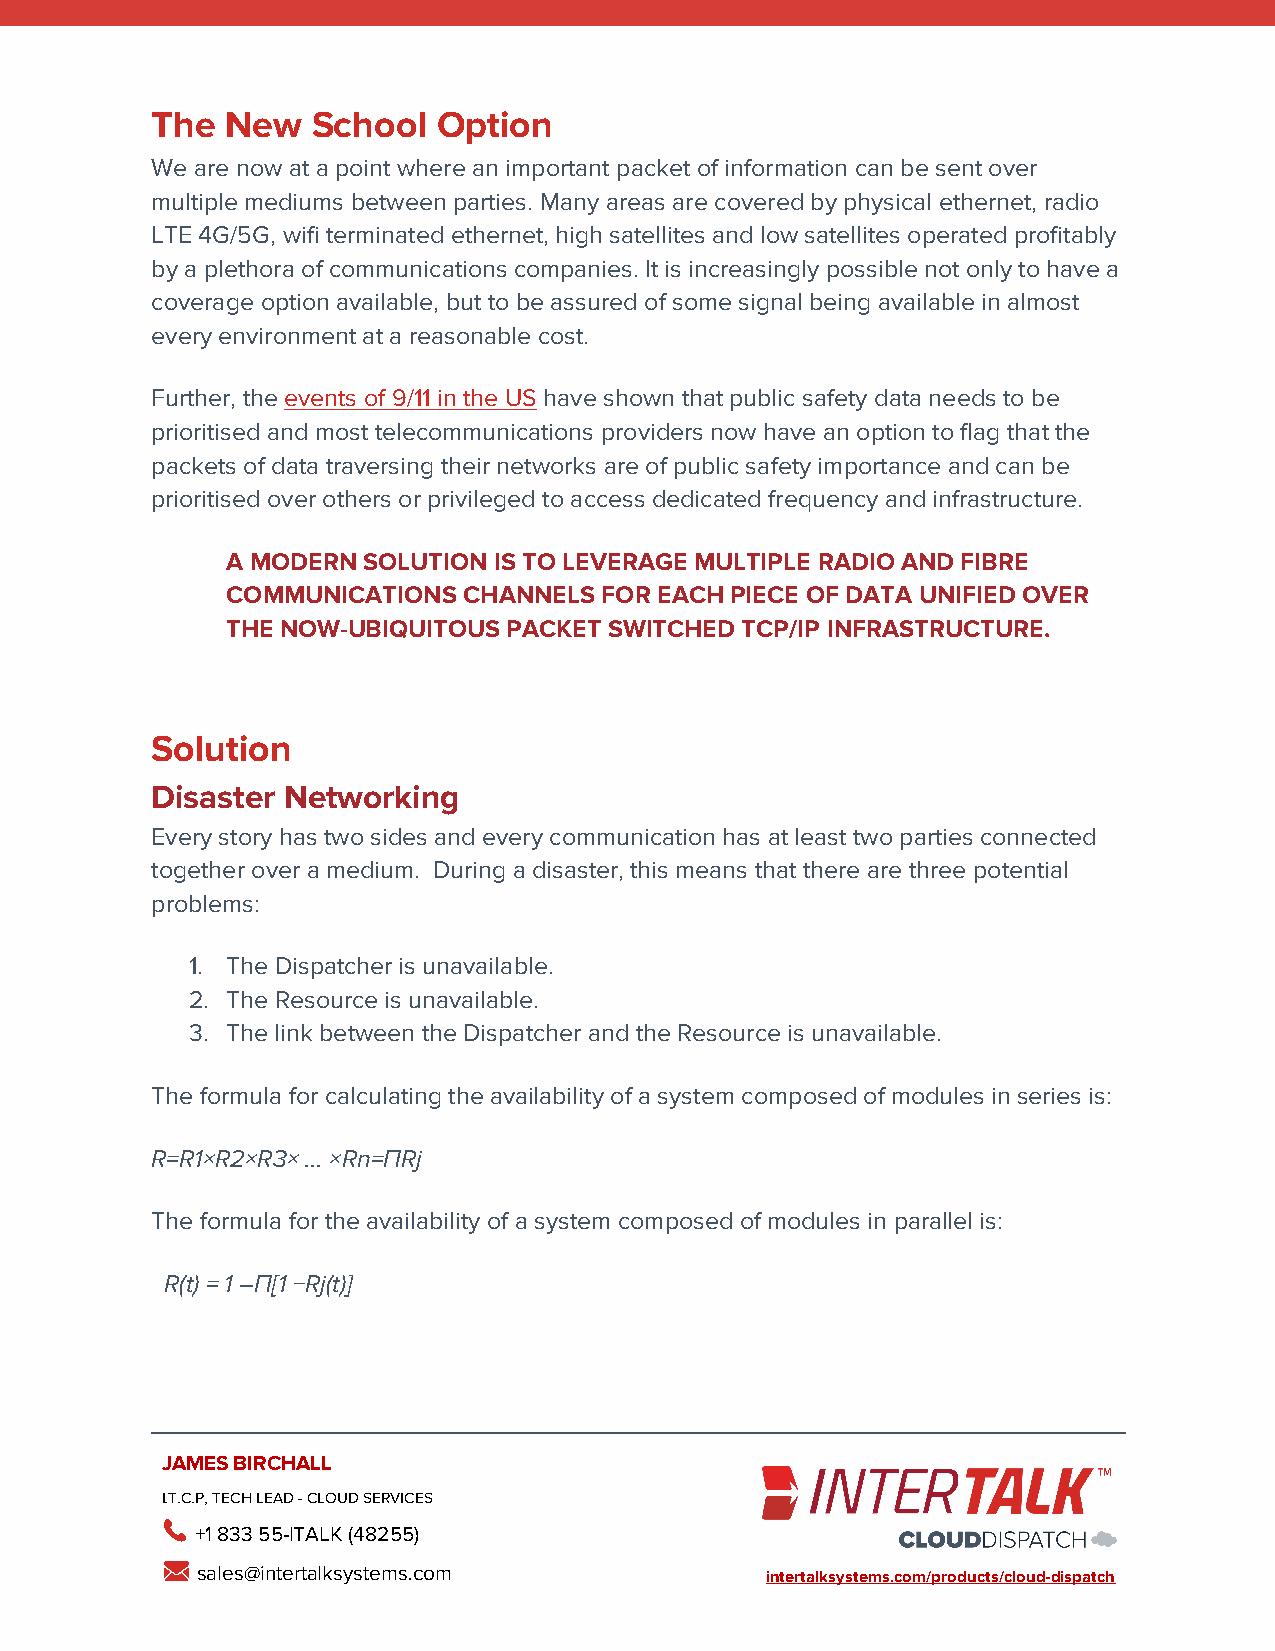
The  New   School  Option
 We are now at a point where an important packet of information can be sent over
 multiple mediums between parties. Many areas are covered by physical ethernet, radio
 LTE 4G/5G, wifi terminated ethernet, high satellites and low satellites operated profitably
 by a plethora of communications companies. It is increasingly possible not only to have a
 coverage option available, but to be assured of some signal being available in almost
 every environment at a reasonable cost.
 Further, the events of 9/11 in the US have shown that public safety data needs to be
 prioritised and most telecommunications providers now have an option to flag that the
 packets of data traversing their networks are of public safety importance and can be
 prioritised over others or privileged to access dedicated frequency and infrastructure.
 A MODERN SOLUTION IS TO LEVERAGE MULTIPLE RADIO AND FIBRE
 COMMUNICATIONS  CHANNELS FOR EACH PIECE OF DATA UNIFIED OVER
 THE NOW-UBIQUITOUS PACKET SWITCHED TCP/IP INFRASTRUCTURE.
 Solution
 Disaster Networking
 Every story has two sides and every communication has at least two parties connected
 together over a medium. During a disaster, this means that there are three potential
 problems:
 1. The Dispatcher is unavailable.
 2. The Resource is unavailable.
 3. The link between the Dispatcher and the Resource is unavailable.
 The formula for calculating the availability of a system composed of modules in series is:
 R=R1×R2×R3× ... ×Rn=ΠRj
 The formula for the availability of a system composed of modules in parallel is:
 R(t) = 1 –Π[1 −Rj(t)]
 JAMES BIRCHALL
 I.T.C.P, TECH LEAD - CLOUD SERVICES
 +1 833 55-ITALK (48255)
 sales@intertalksystems.com            intertalksystems.com/products/cloud-dispatch